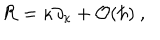
{ \cal R } = \kappa \partial _ { \kappa } + { \cal O } ( \hbar ) \ ,